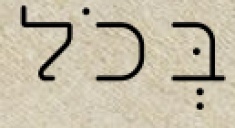
בְּכֹל